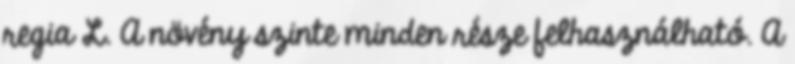
regia L. A növény szinte minden része felhasználható. A